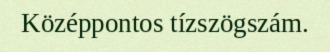
Középpontos tízszögszám.